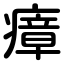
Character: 瘴